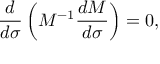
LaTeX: \frac { d } { d \sigma } \left( M ^ { - 1 } \frac { d M } { d \sigma } \right) = 0 ,